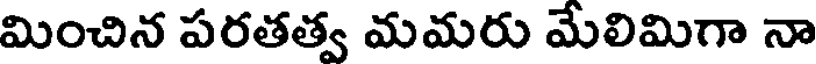
మించిన పరతత్వ మమరు మేలిమిగా నా